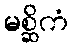
မစ္ဆိကံ